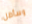
وسأظل